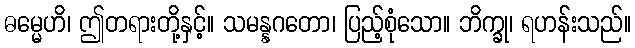
ဓမ္မေဟိ၊ ဤတရားတို့နှင့်။ သမန္နဂတော၊ ပြည့်စုံသော။ ဘိက္ခု၊ ရဟန်းသည်။